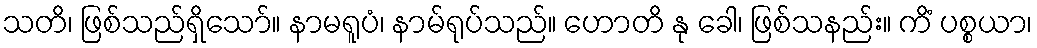
သတိ၊ ဖြစ်သည်ရှိသော်။ နာမရူပံ၊ နာမ်ရုပ်သည်။ ဟောတိ နု ခေါ၊ ဖြစ်သနည်း။ ကိံ ပစ္စယာ၊